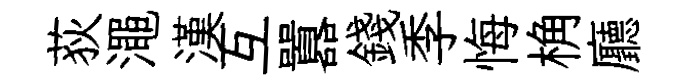
荻澠漢互囂錢季悔桷廳